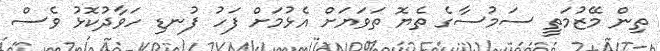
ތިން މޭޒުމަތީ ސަމުސާގެ ތެޔޮ ތަވަޔަށް އެޅުމަށް ފަހު ފުނޑި ހަވާދުކޮޅު ވެސް